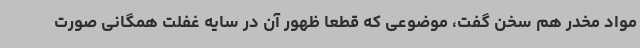
مواد مخدر هم سخن گفت، موضوعی که قطعا ظهور آن در سایه غفلت همگانی صورت